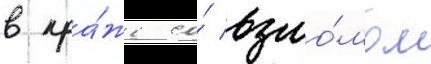
в кра́же со́ взло́мом